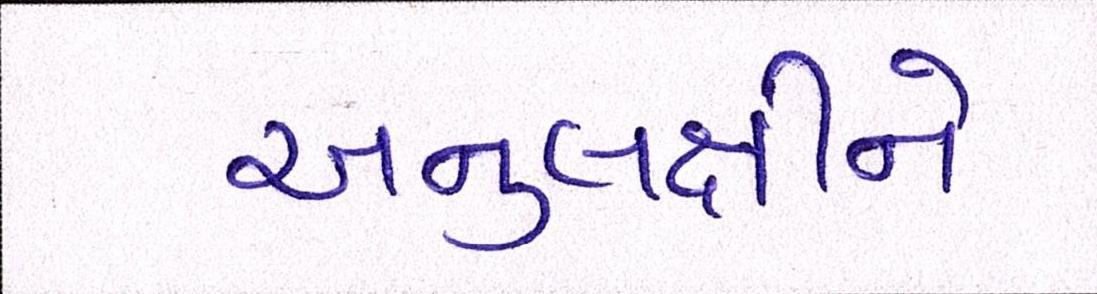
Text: અનુલક્ષીને